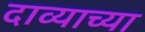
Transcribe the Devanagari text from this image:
दाव्याच्या